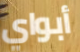
أبواي